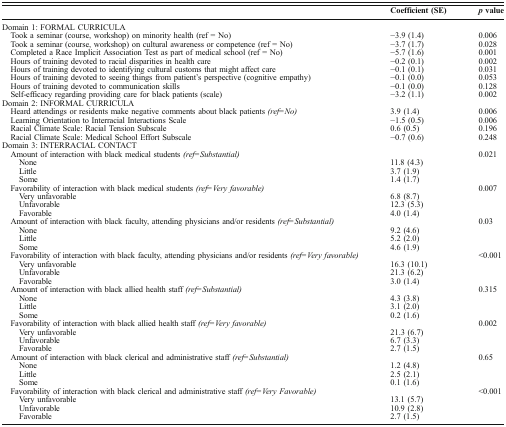
<table><thead><tr><td></td><td><b>Coefficient (SE)</b></td><td><b><i>p</i> value</b></td></tr></thead><tbody><tr><td colspan="3">Domain 1: FORMAL CURRICULA</td></tr><tr><td> Took a seminar (course, workshop) on minority health (ref = No)</td><td>−3.9 (1.4)</td><td>0.006</td></tr><tr><td> Took a seminar (course, workshop) on cultural awareness or competence (ref = No)</td><td>−3.7 (1.7)</td><td>0.028</td></tr><tr><td> Completed a Race Implicit Association Test as part of medical school (ref = No)</td><td>−5.7 (1.6)</td><td>0.001</td></tr><tr><td> Hours of training devoted to racial disparities in health care</td><td>−0.2 (0.1)</td><td>0.002</td></tr><tr><td> Hours of training devoted to identifying cultural customs that might affect care</td><td>−0.1 (0.1)</td><td>0.031</td></tr><tr><td> Hours of training devoted to seeing things from patient’s perspective (cognitive empathy)</td><td>−0.1 (0.0)</td><td>0.053</td></tr><tr><td> Hours of training devoted to communication skills</td><td>−0.1 (0.0)</td><td>0.128</td></tr><tr><td> Self-efficacy regarding providing care for black patients (scale)</td><td>−3.2 (1.1)</td><td>0.002</td></tr><tr><td colspan="3">Domain 2: INFORMAL CURRICULA</td></tr><tr><td> Heard attendings or residents make negative comments about black patients <i>(ref = No)</i></td><td>3.9 (1.4)</td><td>0.006</td></tr><tr><td> Learning Orientation to Interracial Interactions Scale</td><td>−1.5 (0.5)</td><td>0.006</td></tr><tr><td> Racial Climate Scale: Racial Tension Subscale</td><td>0.6 (0.5)</td><td>0.196</td></tr><tr><td> Racial Climate Scale: Medical School Effort Subscale</td><td>−0.7 (0.6)</td><td>0.248</td></tr><tr><td colspan="3">Domain 3: INTERRACIAL CONTACT</td></tr><tr><td> Amount of interaction with black medical students <i>(ref = Substantial)</i></td><td></td><td>0.021</td></tr><tr><td>None</td><td>11.8 (4.3)</td><td></td></tr><tr><td>Little</td><td>3.7 (1.9)</td><td></td></tr><tr><td>Some</td><td>1.4 (1.7)</td><td></td></tr><tr><td> Favorability of interaction with black medical students <i>(ref = Very favorable)</i></td><td></td><td>0.007</td></tr><tr><td>Very unfavorable</td><td>6.8 (8.7)</td><td></td></tr><tr><td>Unfavorable</td><td>12.3 (5.3)</td><td></td></tr><tr><td>Favorable</td><td>4.0 (1.4)</td><td></td></tr><tr><td> Amount of interaction with black faculty, attending physicians and/or residents <i>(ref = Substantial)</i></td><td></td><td>0.03</td></tr><tr><td>None</td><td>9.2 (4.6)</td><td></td></tr><tr><td>Little</td><td>5.2 (2.0)</td><td></td></tr><tr><td>Some</td><td>4.6 (1.9)</td><td></td></tr><tr><td> Favorability of interaction with black faculty, attending physicians and/or residents <i>(ref = Very favorable)</i></td><td></td><td>&lt;0.001</td></tr><tr><td>Very unfavorable</td><td>16.3 (10.1)</td><td></td></tr><tr><td>Unfavorable</td><td>21.3 (6.2)</td><td></td></tr><tr><td>Favorable</td><td>3.0 (1.4)</td><td></td></tr><tr><td> Amount of interaction with black allied health staff <i>(ref = Substantial)</i></td><td></td><td>0.315</td></tr><tr><td>None</td><td>4.3 (3.8)</td><td></td></tr><tr><td>Little</td><td>3.1 (2.0)</td><td></td></tr><tr><td>Some</td><td>0.2 (1.6)</td><td></td></tr><tr><td> Favorability of interaction with black allied health staff <i>(ref = Very favorable)</i></td><td></td><td>0.002</td></tr><tr><td>Very unfavorable</td><td>21.3 (6.7)</td><td></td></tr><tr><td>Unfavorable</td><td>6.7 (3.3)</td><td></td></tr><tr><td>Favorable</td><td>2.7 (1.5)</td><td></td></tr><tr><td> Amount of interaction with black clerical and administrative staff <i>(ref = Substantial)</i></td><td></td><td>0.65</td></tr><tr><td>None</td><td>1.2 (4.8)</td><td></td></tr><tr><td>Little</td><td>2.5 (2.1)</td><td></td></tr><tr><td>Some</td><td>0.1 (1.6)</td><td></td></tr><tr><td> Favorability of interaction with black clerical and administrative staff <i>(ref = Very Favorable)</i></td><td></td><td>&lt;0.001</td></tr><tr><td>Very unfavorable</td><td>13.1 (5.7)</td><td></td></tr><tr><td>Unfavorable</td><td>10.9 (2.8)</td><td></td></tr><tr><td>Favorable</td><td>2.7 (1.5)</td><td></td></tr></tbody></table>